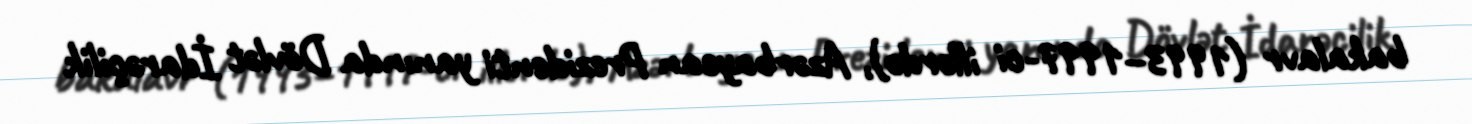
bakalavr (1993–1997-ci illərdə), Azərbaycan Prezidenti yanında Dövlət İdarəçilik